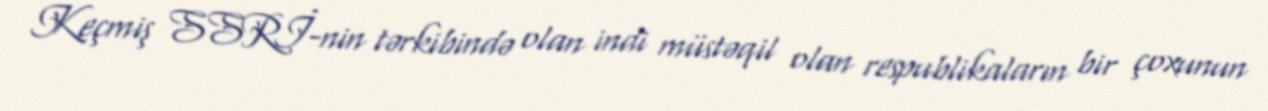
Keçmiş SSRİ-nin tərkibində olan indi müstəqil olan respublikaların bir çoxunun